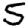
Digit: 5